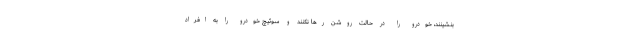
بنشینند، خودرو را در حالت روشن رها نکنند و سوئیچ خودرو را به افراد